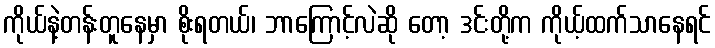
ကိုယ်နဲ့တန်းတူနေမှာ စိုးရတယ်၊ ဘာကြောင့်လဲဆို တော့ ဒင်းတို့က ကိုယ့်ထက်သာနေရင်